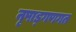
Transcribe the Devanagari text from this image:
नृपाड्गणगत